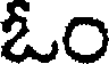
ఓం